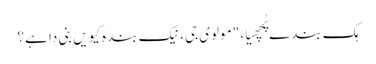
ہک بندے پُچھیا، "مولوی جی، نیک بندہ کیویں بنی دا ہے؟